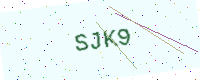
Text: SJK9